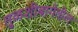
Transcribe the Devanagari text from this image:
तुळशीबागेतील